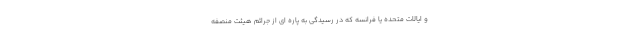
و ایالات متحده یا فرانسه که در رسیدگی به پاره ای از جرائم هیئت منصفه